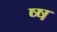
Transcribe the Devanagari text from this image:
ष्ष